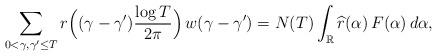
LaTeX: \begin{align*}\sum_{0<\gamma,\gamma'\le T }r\Big((\gamma-\gamma')\frac{\log T}{2\pi}\Big) \, w(\gamma-\gamma')= N(T)\int_{\mathbb R}\widehat r(\alpha)\,F(\alpha)\,d\alpha,\end{align*}